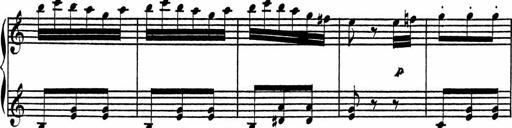
Title: 4 Piano Sonatinas
Composer: Adam Geibel